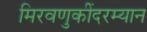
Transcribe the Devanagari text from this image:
मिरवणुकींदरम्यान